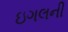
ઇગલની